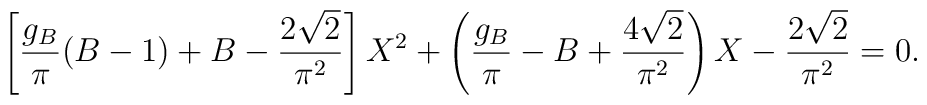
\left[ {g_B\over{\pi}} (B-1)+B- {2\sqrt{2}\over{\pi^2}} \right] X^2+ \left( {g_B\over{\pi}} -B+{4\sqrt{2}\over{\pi^2}}\right) X-{2\sqrt{2}\over{\pi^2}} =0  .